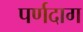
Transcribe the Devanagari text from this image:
पर्णदाग